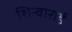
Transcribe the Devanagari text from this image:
शिन्वाराई